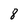
Character: 8